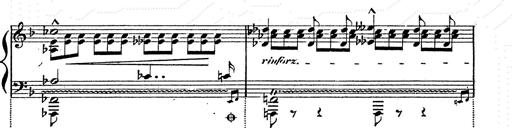
Title: Franz Schuberts geistliche Lieder
Composer: Franz Liszt